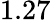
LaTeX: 1.27